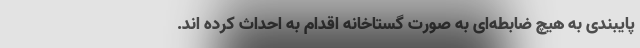
پایبندی به هیچ ضابطه‌ای به صورت گستاخانه اقدام به احداث کرده اند.